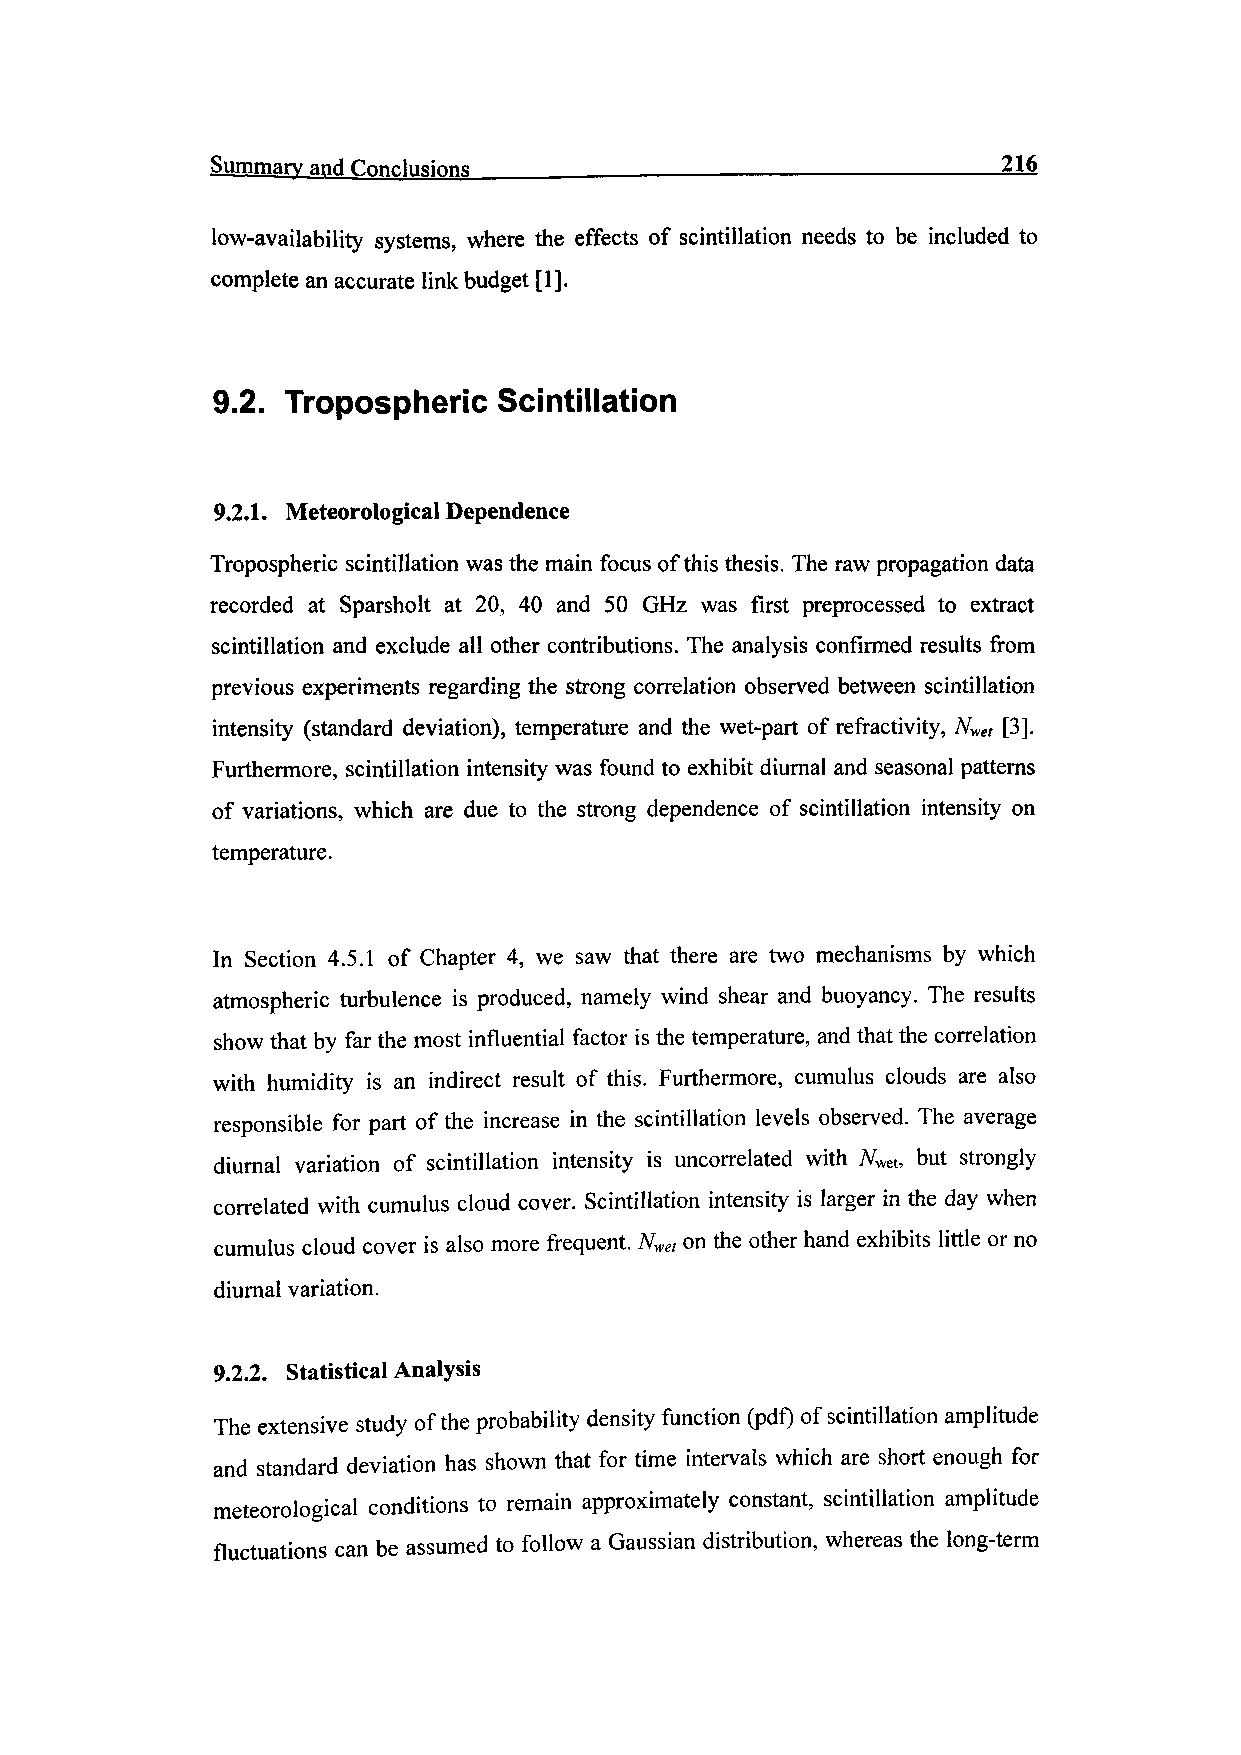
Summary and Conclusions _____________________________216
 low-availability systems, where the effects of scintillation needs to be included to
 complete an accurate link budget [1].
 9.2. Tropospheric  Scintillation
 9.2.1. Meteorological Dependence
 Tropospheric scintillation was the main focus of this thesis. The raw propagation data
 recorded at Sparsholt at 20, 40 and 50 GHz was first preprocessed to extract
 scintillation and exclude all other contributions. The analysis confirmed results from
 previous experiments regarding the strong correlation observed between scintillation
 intensity (standard deviation), temperature and the wet-part of refractivity, Nvet [3].
 Furthermore, scintillation intensity was found to exhibit diurnal and seasonal patterns
 of variations, which are due to the strong dependence of scintillation intensity on
 temperature.
 In Section 4.5.1 of Chapter 4, we saw that there are two mechanisms by which
 atmospheric turbulence is produced, namely wind shear and buoyancy. The results
 show that by far the most influential factor is the temperature, and that the correlation
 with humidity is an indirect result of this. Furthermore, cumulus clouds are also
 responsible for part of the increase in the scintillation levels observed. The average
 diurnal variation of scintillation intensity is uncorrelated with Afwet, but strongly
 correlated with cumulus cloud cover. Scintillation intensity is larger in the day when
 cumulus cloud cover is also more frequent. Nwet on the other hand exhibits little or no
 diurnal variation.
 9.2.2. Statistical Analysis
 The extensive study of the probability density function (pdf) of scintillation amplitude
 and standard deviation has shown that for time intervals which are short enough for
 meteorological conditions to remain approximately constant, scintillation amplitude
 fluctuations can be assumed to follow a Gaussian distribution, whereas the long-term